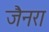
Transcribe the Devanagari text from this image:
जैनरा